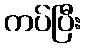
ကပ်ပြီး